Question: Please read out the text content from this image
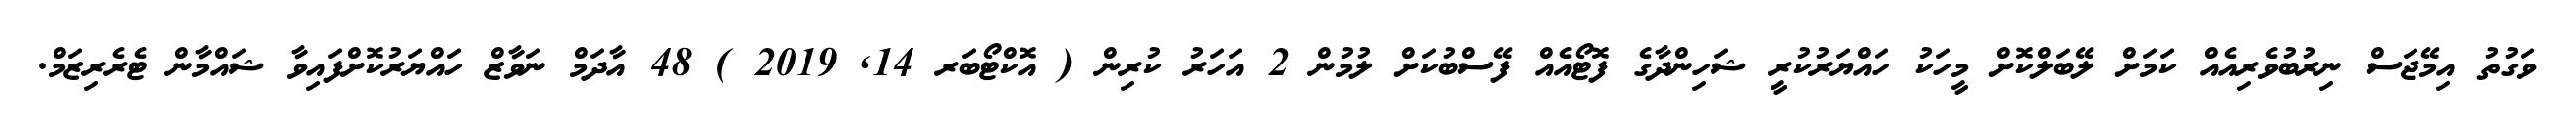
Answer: ވަގުތު އިމޭޖަސް ނިރުބުވެރިއެއް ކަމަށް ލޭބަލްކޮށް މީހަކު ހައްޔަރުކުރީ ޝަހިންދާގެ ފޮޓޯއެއް ފޭސްބުކަށް ލުމުން 2 އަހަރު ކުރިން ( އޮކްޓޯބަރ 14, 2019 ) 48 އާދަމް ނަވާޒް ހައްޔަރުކޮށްފައިވާ ޝައްމާން ޓެރެރިޒަމް.